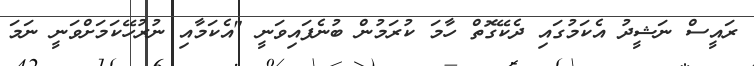
ރައީސް ނަޝީދު އެކަމުގައި ދެކޭގޮތް ހާމަ ކުރަމުން ބުނެފައިވަނީ "އެކަމާއި ނުރުހޭކަމަށްވަނީ ނަމަ